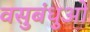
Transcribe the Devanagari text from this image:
वसुबंधुओं